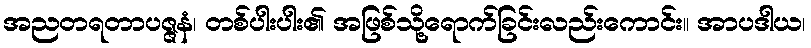
အညတရတာပဇ္ဇနံ၊ တစ်ပါးပါး၏ အဖြစ်သို့ရောက်ခြင်းလည်းကောင်း။ အာပဒါယ၊